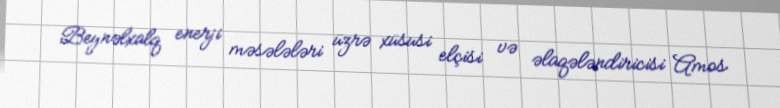
Beynəlxalq enerji məsələləri üzrə xüsusi elçisi və əlaqələndiricisi Amos